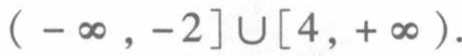
$(-\infty,-2]\cup[4,+\infty)$